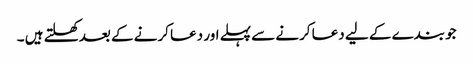
جو بندے کے لیے دعا کرنے سے پہلے اور دعا کرنے کے بعد کھلتے ہیں ۔